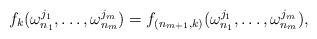
LaTeX: \begin{align*}f_k(\omega_{n_1}^{j_1}, \dots, \omega_{n_{m}}^{j_{m}}) = f_{(n_{m+1},k)}(\omega_{n_1}^{j_1}, \dots, \omega_{n_{m}}^{j_{m}}),\end{align*}